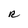
Character: R